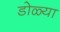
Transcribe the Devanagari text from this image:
डोळ्या